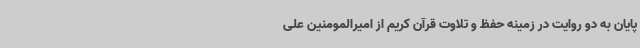
پایان به دو روایت در زمینه حفظ و تلاوت قرآن کریم از امیرالمومنین علی